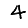
Digit: 4